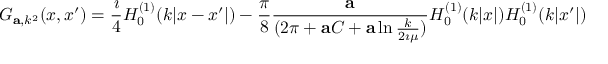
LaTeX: G _ { { \bf a } , k ^ { 2 } } ( x , x ^ { \prime } ) = { \frac { \imath } { 4 } } H _ { 0 } ^ { ( 1 ) } ( k | x - x ^ { \prime } | ) - { \frac { \pi } { 8 } } { \frac { \bf a } { ( 2 \pi + { \bf a } C + { \bf a } \ln { \frac { k } { 2 \imath \mu } } ) } } H _ { 0 } ^ { ( 1 ) } ( k | x | ) H _ { 0 } ^ { ( 1 ) } ( k | x ^ { \prime } | )